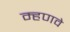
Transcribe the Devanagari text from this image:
म्हणवे